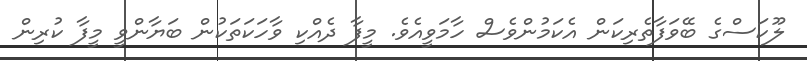
ލޫކަސްގެ ބޭވަފާތެރިކަން އެކަމުންވެސް ހާމަވީއެވެ. މީފާ ދެއްކި ވާހަކަތަކުން ބަޔާންވީ މީފާ ކުރިން